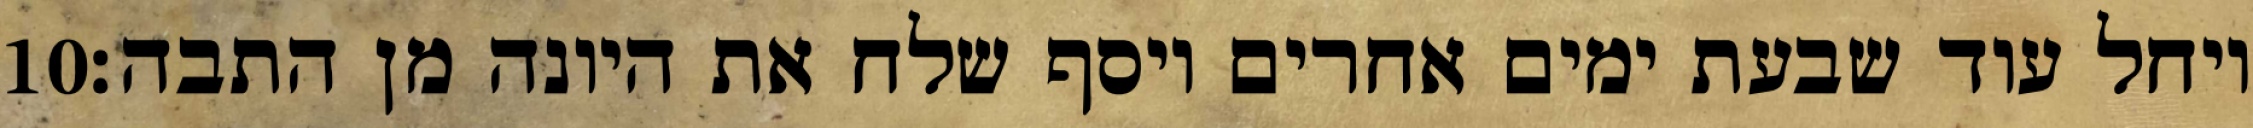
‎10‏ ויחל עוד שבעת ימים אחרים ויסף שלח את היונה מן התבה׃